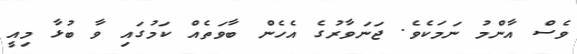
ވެސް އާންމު ނަމަކެވެ. ޖަނަވާރުގެ އެހެން ބާވަތެއް ކަމުގައި ވާ ބުޅާ މިއީ